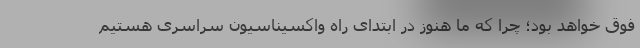
فوق خواهد بود؛ چرا که ما هنوز در ابتدای راه واکسیناسیون سراسری هستیم